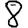
Digit: 8